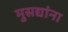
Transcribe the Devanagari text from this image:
मुसद्यांना